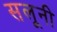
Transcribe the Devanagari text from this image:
सलूनी